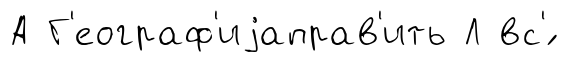
А Г'еограф'иjаправ'ить Л вс'́